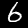
Label: 6